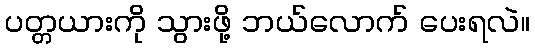
ပတ္တယားကို သွားဖို့ ဘယ်လောက် ပေးရလဲ။